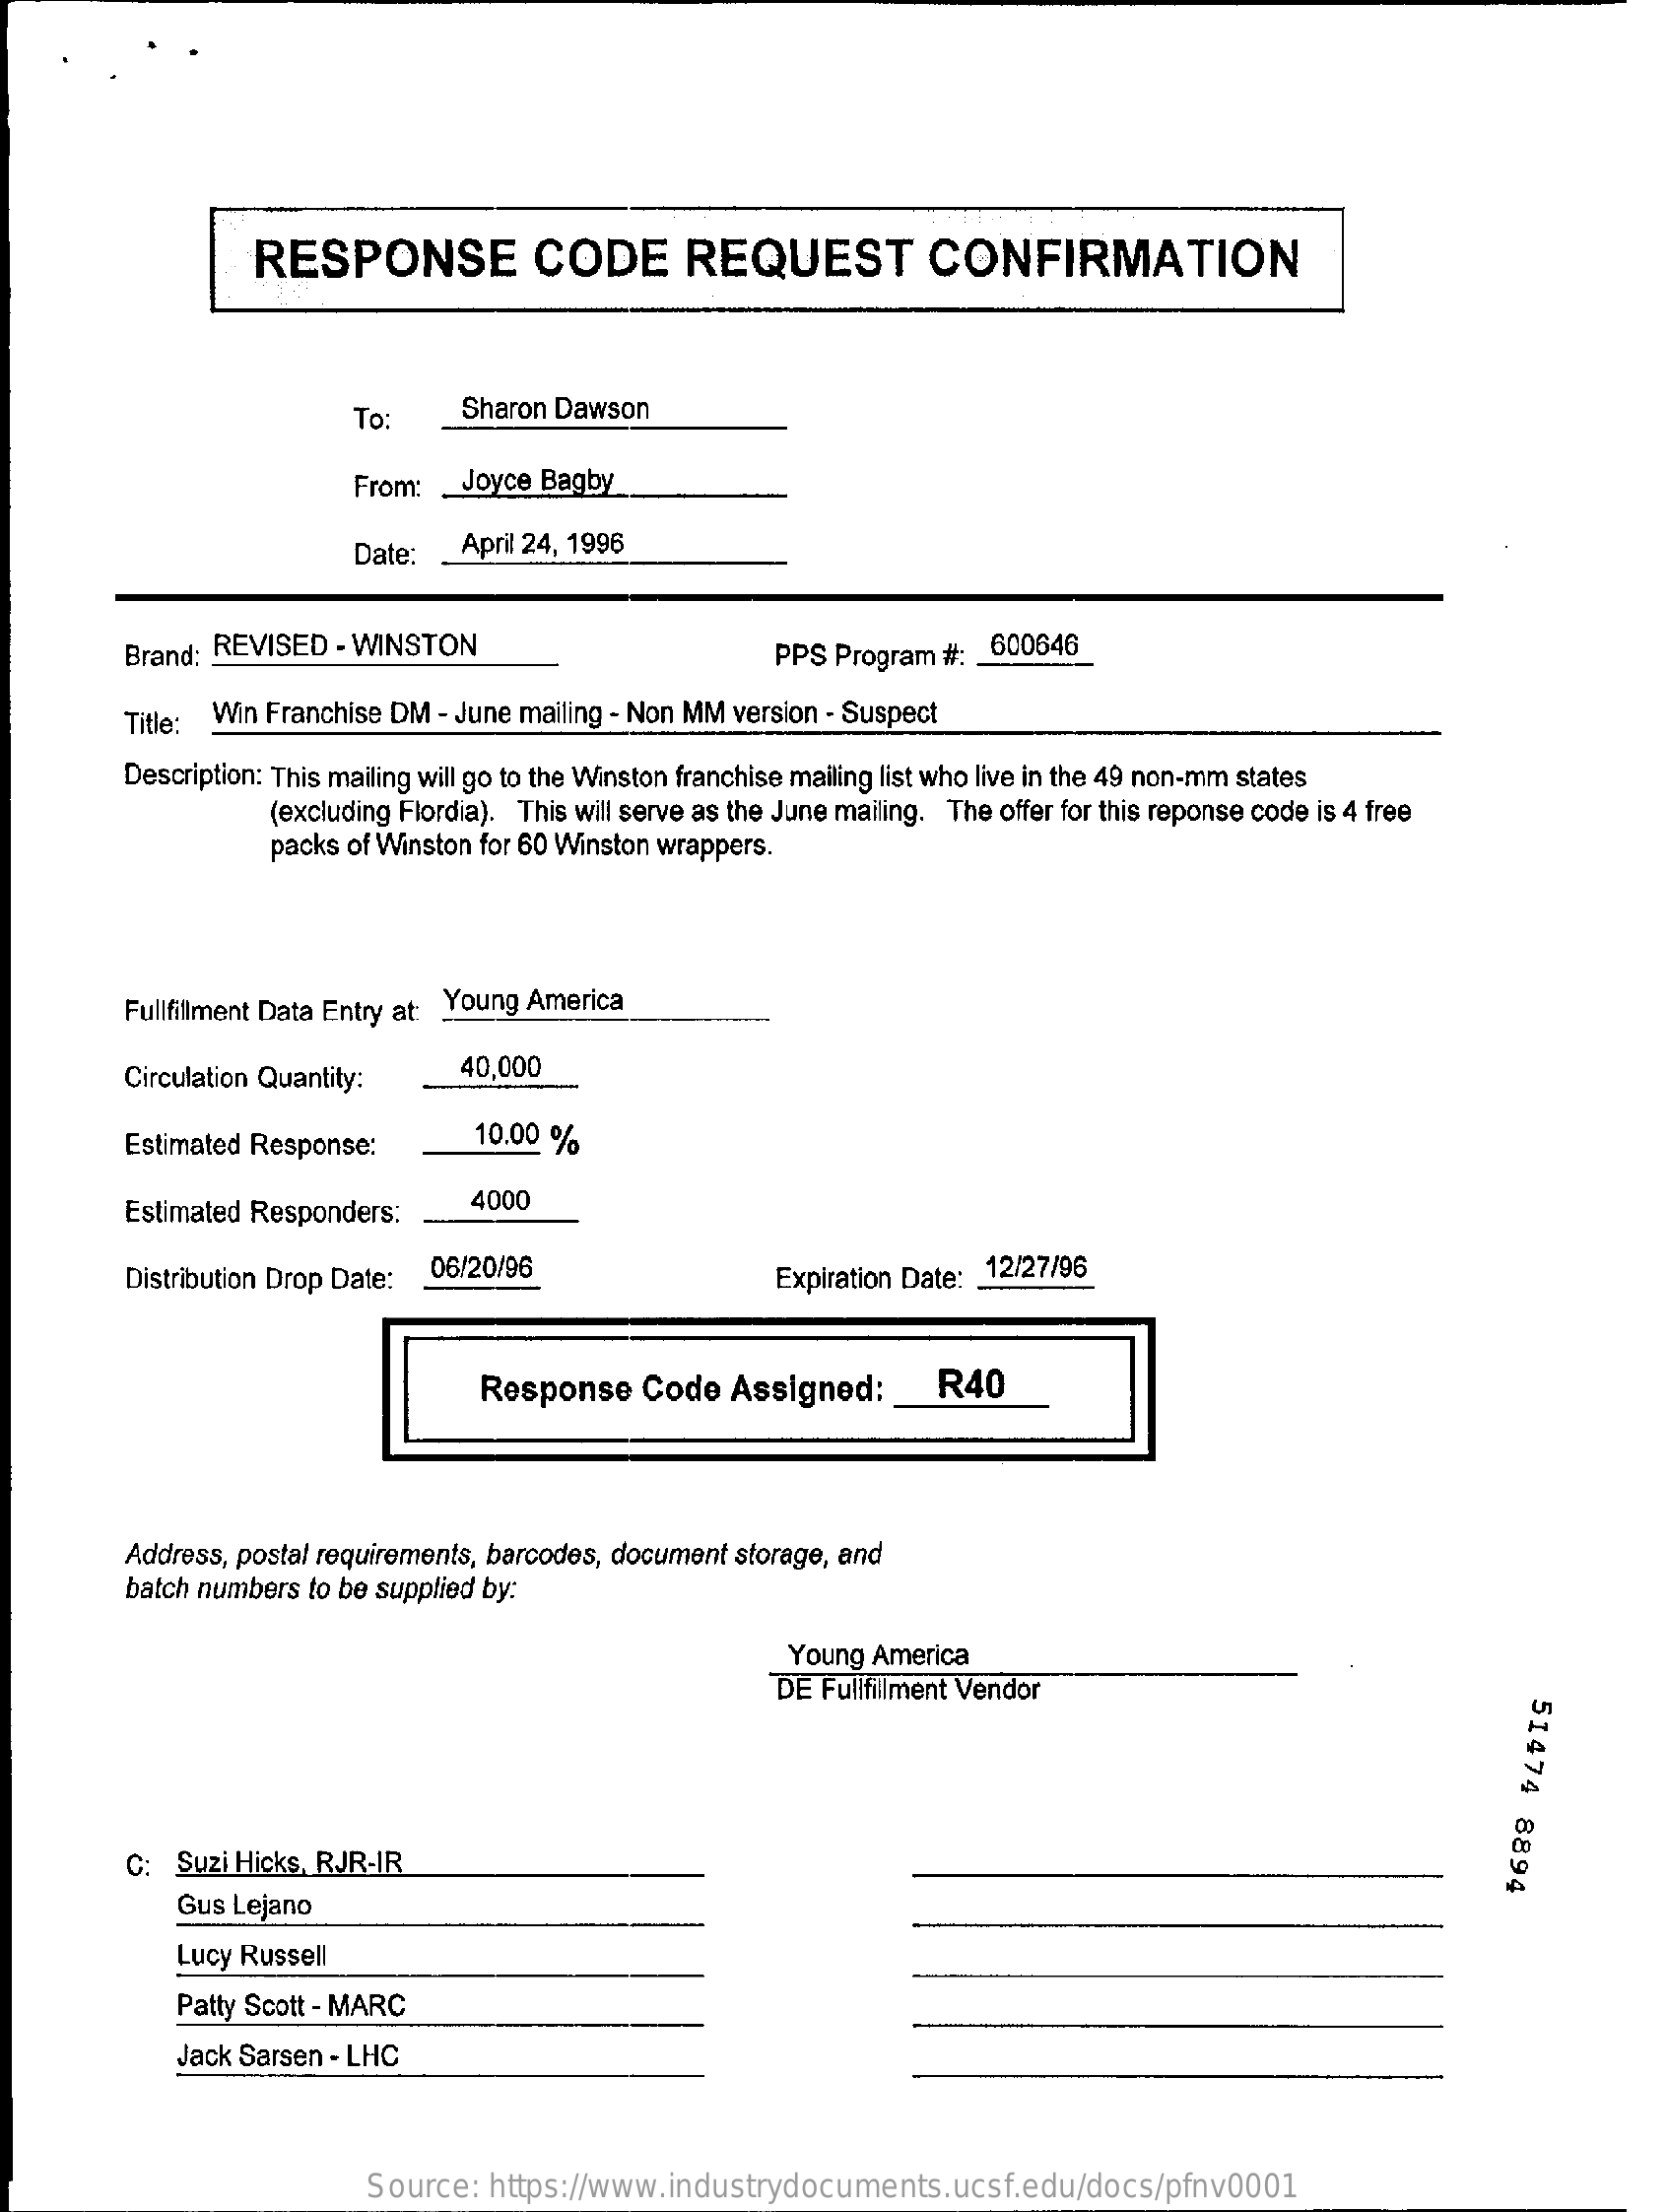
RESPONSE    CODE    REQUEST    CONFIRMATION
     To:    Sharon Dawson
     From:   Joyce Bagby
     Date:   April 24, 1996
     Brand; REVISED  - WINSTON    PPS Program #: 600646
     Title: Win Franchise DM - June mailing - Non MM version - Suspect
     Description: This mailing will go to the Winston franchise mailing list who live in the 49 non-mm states
     (excluding Flordia). This will serve as the June mailing. The offer for this reponse code is 4 free
     packs of Winston for 60 Winston wrappers.
     Fullfillment Data Entry at: Young America
     Circulation Quantity:   40,000
     Estimated Response:    10.00 %
     Estimated Responders:
     4000
     Distribution Drop Date: 06/20/96    Expiration Date: 12/27/96
     Response    Code  Assigned:    R40
     Address, postal requirements, barcodes, document storage, and
     batch numbers to be supplied by:
     Young America
     DE Fullfillment Vendor
     51474
     8894 C: Suzi Hicks, RJR-IR
     Gus Lejano
     Lucy Russell
     Patty Scott - MARC
     Jack Sarsen - LHC
     Source:  https://www.industrydocuments.ucsf.edu/docs/pfnv0001